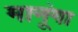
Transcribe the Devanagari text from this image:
मानूंगा